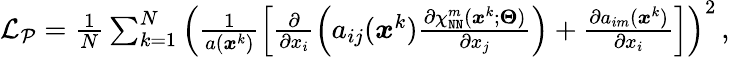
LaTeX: \begin{array}{r}{\mathcal{L}_{\mathcal{P}}=\frac{1}{N}\sum_{k=1}^{N}\left(\frac{1}{a(\boldsymbol x^{k})}\left[\frac{\partial}{\partial x_{i}}\left(a_{ij}(\boldsymbol x^{k})\frac{\partial\chi_{\mathtt{NN}}^{m}(\boldsymbol x^{k};\boldsymbol\Theta)}{\partial x_{j}}\right)+\frac{\partial a_{im}(\boldsymbol x^{k})}{\partial x_{i}}\right]\right)^{2}\, ,}\end{array}